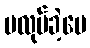
မလုပ်ခဲ့ပေ